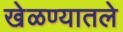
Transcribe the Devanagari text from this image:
खेळण्यातले